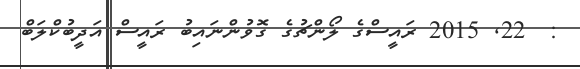
:  22